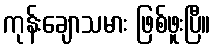
ကုန်းချောသမား ဖြစ်ဖူးပြီ။